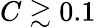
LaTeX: C\gtrsim 0.1